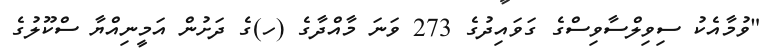
"ވުމާއެކު ސިވިލްސާވިސްގެ ގަވައިދުގެ 273 ވަނަ މާއްދާގެ (ހ)ގެ ދަށުން އަމީނިއްޔާ ސްކޫލުގެ